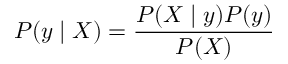
P ( y \mid X ) = \frac { P ( X \mid y ) P ( y ) } { P ( X ) }